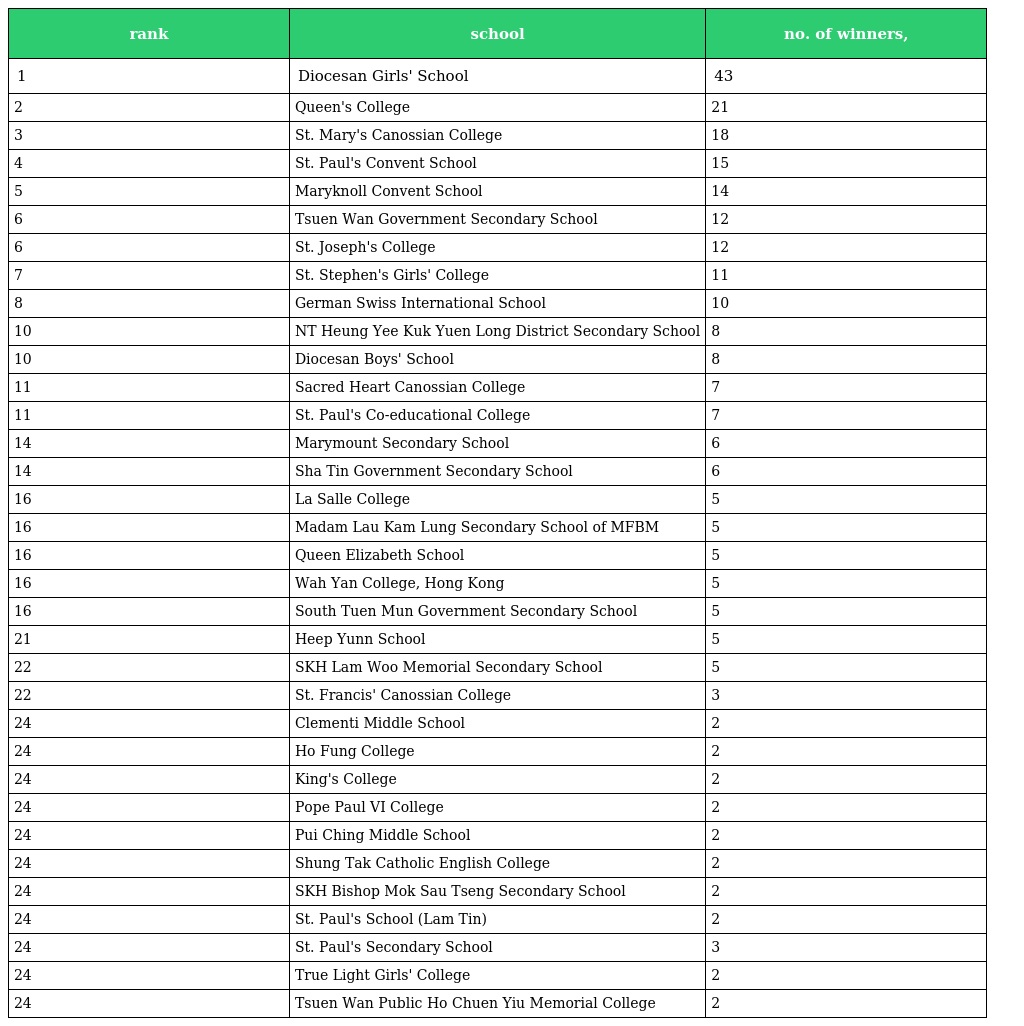
| rank | school | no. of winners, |
 | --- | --- | --- |
 | 1 | Diocesan Girls' School | 43 |
 | 2 | Queen's College | 21 |
 | 3 | St. Mary's Canossian College | 18 |
 | 4 | St. Paul's Convent School | 15 |
 | 5 | Maryknoll Convent School | 14 |
 | 6 | Tsuen Wan Government Secondary School | 12 |
 | 6 | St. Joseph's College | 12 |
 | 7 | St. Stephen's Girls' College | 11 |
 | 8 | German Swiss International School | 10 |
 | 10 | NT Heung Yee Kuk Yuen Long District Secondary School | 8 |
 | 10 | Diocesan Boys' School | 8 |
 | 11 | Sacred Heart Canossian College | 7 |
 | 11 | St. Paul's Co-educational College | 7 |
 | 14 | Marymount Secondary School | 6 |
 | 14 | Sha Tin Government Secondary School | 6 |
 | 16 | La Salle College | 5 |
 | 16 | Madam Lau Kam Lung Secondary School of MFBM | 5 |
 | 16 | Queen Elizabeth School | 5 |
 | 16 | Wah Yan College, Hong Kong | 5 |
 | 16 | South Tuen Mun Government Secondary School | 5 |
 | 21 | Heep Yunn School | 5 |
 | 22 | SKH Lam Woo Memorial Secondary School | 5 |
 | 22 | St. Francis' Canossian College | 3 |
 | 24 | Clementi Middle School | 2 |
 | 24 | Ho Fung College | 2 |
 | 24 | King's College | 2 |
 | 24 | Pope Paul VI College | 2 |
 | 24 | Pui Ching Middle School | 2 |
 | 24 | Shung Tak Catholic English College | 2 |
 | 24 | SKH Bishop Mok Sau Tseng Secondary School | 2 |
 | 24 | St. Paul's School (Lam Tin) | 2 |
 | 24 | St. Paul's Secondary School | 3 |
 | 24 | True Light Girls' College | 2 |
 | 24 | Tsuen Wan Public Ho Chuen Yiu Memorial College | 2 |